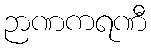
ဉာဏကရဏီ